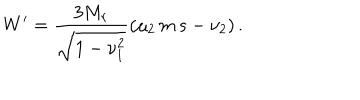
W ^ { \prime } = \frac { 3 M _ { r } } { \sqrt { 1 - \nu _ { 1 } ^ { 2 } } } \left( \mu _ { 2 } \, m \, s - \nu _ { 2 } \right) .